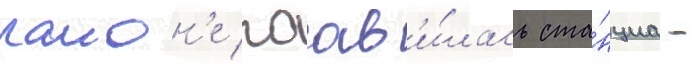
раион'е поав'и́лась ста́нциа -